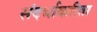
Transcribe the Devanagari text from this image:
संदर्भाकरिता